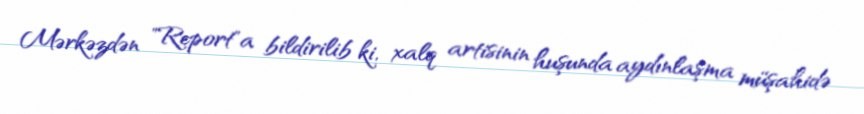
Mərkəzdən "Report"a bildirilib ki, xalq artisinin huşunda aydınlaşma müşahidə